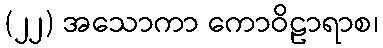
(၂၂) အသောကာ ကောဝိဠာရာစ၊